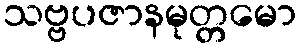
သဗ္ဗပဇာနမုတ္တမော